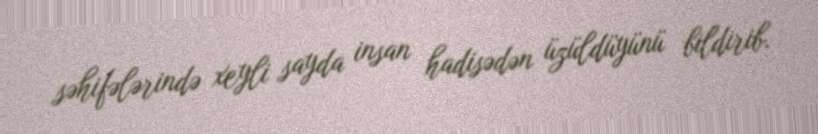
səhifələrində xeyli sayda insan hadisədən üzüldüyünü bildirib.